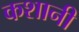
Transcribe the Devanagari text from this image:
कशानी